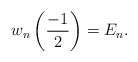
\begin{align*}w_{n}\left( \frac{-1}{2}\right) =E_{n}. \end{align*}